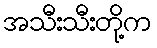
အသီးသီးတို့က